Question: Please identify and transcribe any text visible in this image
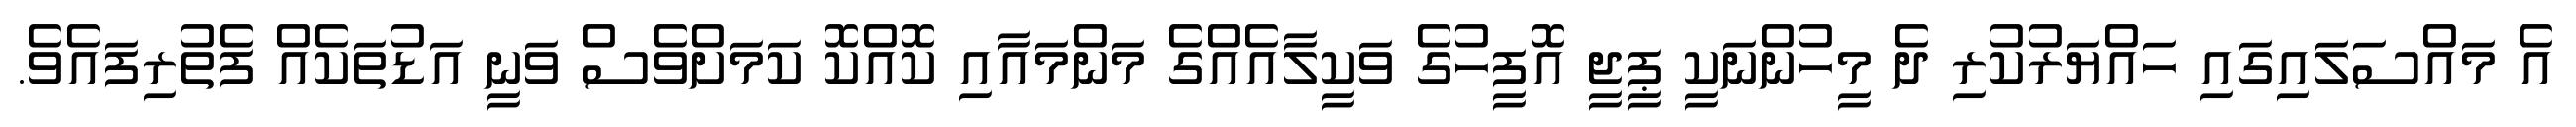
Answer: އެ މައްސަލައިގައި ހައްޔަރުކުރި ދެ މީހުންނަކީ ޕީޖީ އޮފީހުގެ ވަކީލާއެއްގެ މަންމައާއި ކޮއްކޮ ކަމަށްވެސް ވަނީ އަޑުތަކެއް ފެތުރިފައެވެ.